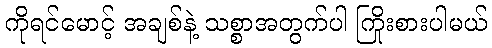
ကိုရင်မောင့် အချစ်နဲ့ သစ္စာအတွက်ပါ ကြိုးစားပါမယ်